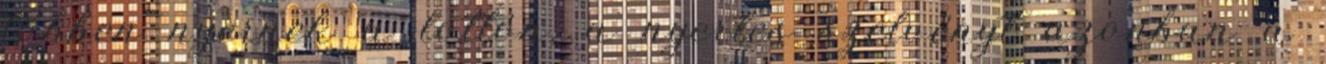
többen nyernek a lottón, a nyertes szelvényt azonban a